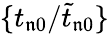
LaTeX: \{ {t_{\mathfrak{n}0}}/{\widetilde{t}_{\mathfrak{n}0}}\}